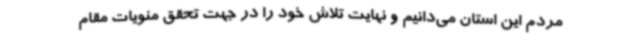
مردم این استان می‌دانیم و نهایت تلاش خود را در جهت تحقق منویات مقام